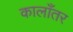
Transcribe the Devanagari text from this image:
कालाँतर